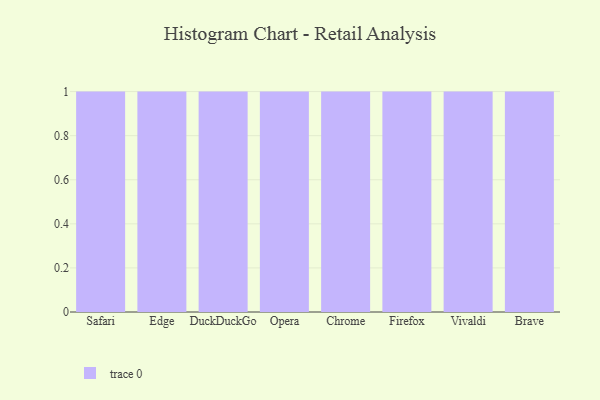
{"axis": {"x": "Browser", "y": "Conversion Rate (%)"}, "legend": [""], "data": [{"x": "Safari", "y": 34, "type": ""}, {"x": "Edge", "y": 9, "type": ""}, {"x": "DuckDuckGo", "y": 71, "type": ""}, {"x": "Opera", "y": 19, "type": ""}, {"x": "Chrome", "y": 29, "type": ""}, {"x": "Firefox", "y": 40, "type": ""}, {"x": "Vivaldi", "y": 79, "type": ""}, {"x": "Brave", "y": 98, "type": ""}]}